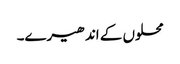
محلوں کے اندھیرے۔